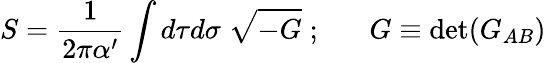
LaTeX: S=\frac{1}{2\pi\alpha^{\prime}}\int d\tau d\sigma\; \sqrt{-G}\; ;\; \; \; \; \; \; G\equiv{\mathrm{det}}(G_{AB})